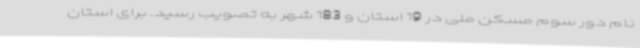
نام دور سوم مسکن ملی در 19 استان و 183 شهر به تصویب رسید. برای استان